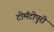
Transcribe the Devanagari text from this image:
टोमॅटोपुरी